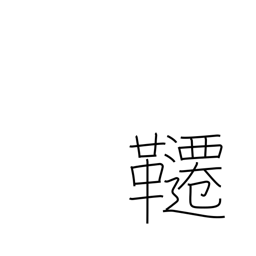
Meaning: trapeze